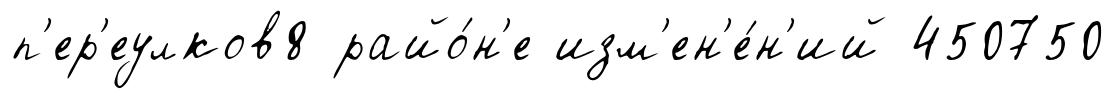
п'ер'еулков8 райо́н'е изм'ен'е́н'ий 450750